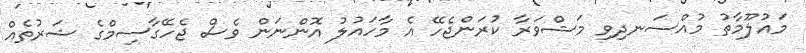
މައުލޫމާތު މުއްސަނދިވި މަޝްވަރާ ކުރަންޖެހޭ އެ މާހައުލު އޮންނަން ވެސް ޖެހޭގާސިމްގެ ޝަރުތެއް